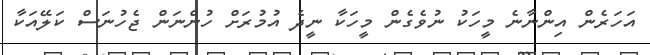
އަހަރެން އިންނާނެ މީހަކު ނުވެގެން މީހަކާ ނީދެ އުމުރަށް ހުންނަން ޖެހުނަސް ކަލޭއަކާ